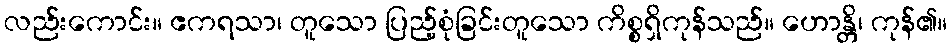
လည်းကောင်း။ ဧကရသာ၊ တူသော ပြည့်စုံခြင်းတူသော ကိစ္စရှိကုန်သည်။ ဟောန္တိ၊ ကုန်၏။